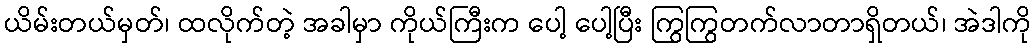
ယိမ်းတယ်မှတ်၊ ထလိုက်တဲ့ အခါမှာ ကိုယ်ကြီးက ပေါ့ ပေါ့ပြီး ကြွကြွတက်လာတာရှိတယ်၊ အဲဒါကို